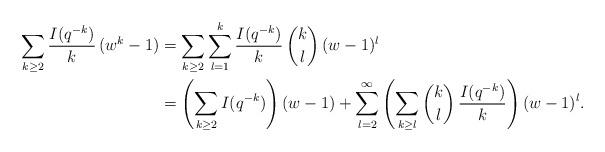
LaTeX: \begin{align*}\sum_{k \geq 2}\frac{I(q^{-k})}{k}\,(w^k-1) &= \sum_{k \geq 2}\sum_{l=1}^k \frac{I(q^{-k})}{k}\,\binom{k}{l}\,(w-1)^l \\&=\left(\sum_{k\geq 2}I(q^{-k})\right)(w-1) + \sum_{l=2}^\infty \left(\sum_{k \geq l} \binom{k}{l}\,\frac{I(q^{-k})}{k}\right)(w-1)^l.\end{align*}